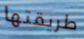
طريقتها